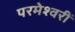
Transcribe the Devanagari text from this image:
परमेश्वरीं